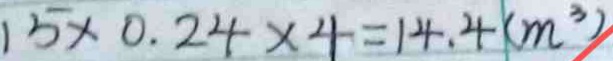
1 5 \times 0 . 2 4 \times 4 = 1 4 . 4 ( m ^ { 3 } )